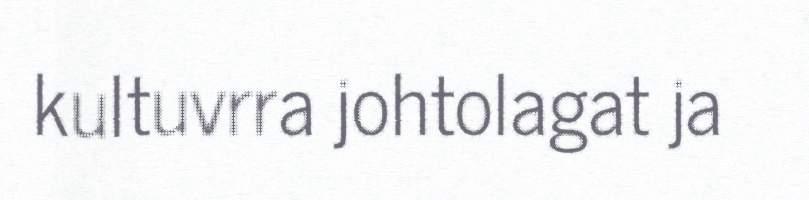
kultuvrra johtolagat ja